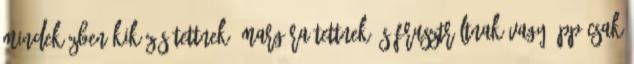
mindeközben kiközösítettnek, margóra tettnek és frusztráltnak vagy épp csak